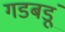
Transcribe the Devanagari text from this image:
गडबडूं